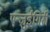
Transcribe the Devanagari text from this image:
एन्ज़ुईगिरी